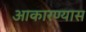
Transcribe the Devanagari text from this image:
आकारण्यास